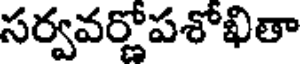
సర్వవర్ణోపశోఖితా